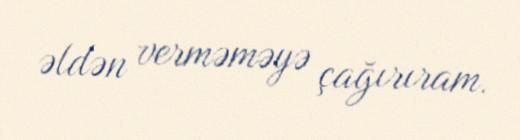
əldən verməməyə çağırıram.